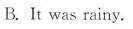
B.It was rainy.